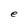
Character: e